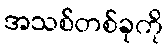
အသစ်တစ်ခုကို